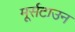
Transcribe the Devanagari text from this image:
मूर्सटाउन